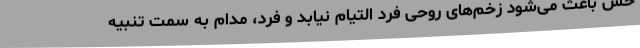
حس باعث می‌شود زخم‌های روحی فرد التیام نیابد و فرد، مدام به سمت تنبیه